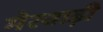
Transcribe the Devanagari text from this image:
मेरवाड़ी